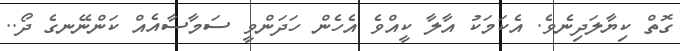
ގޮތް ކިޔާލަދިނެވެ. އެކަމަކު އާލާ ކީއްވެ އެހެން ހަދަންވީ ސަމާސާއެއް ކަންނޭނގެ ދޯ..